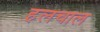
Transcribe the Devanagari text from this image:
हलचाल